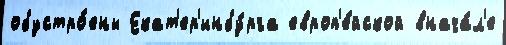
обустро́ены Екат'ер'инбу́рга европ'е́йской внача́л'е